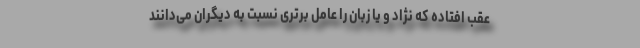
عقب افتاده که نژاد و یا زبان را عامل برتری نسبت به دیگران می‌دانند